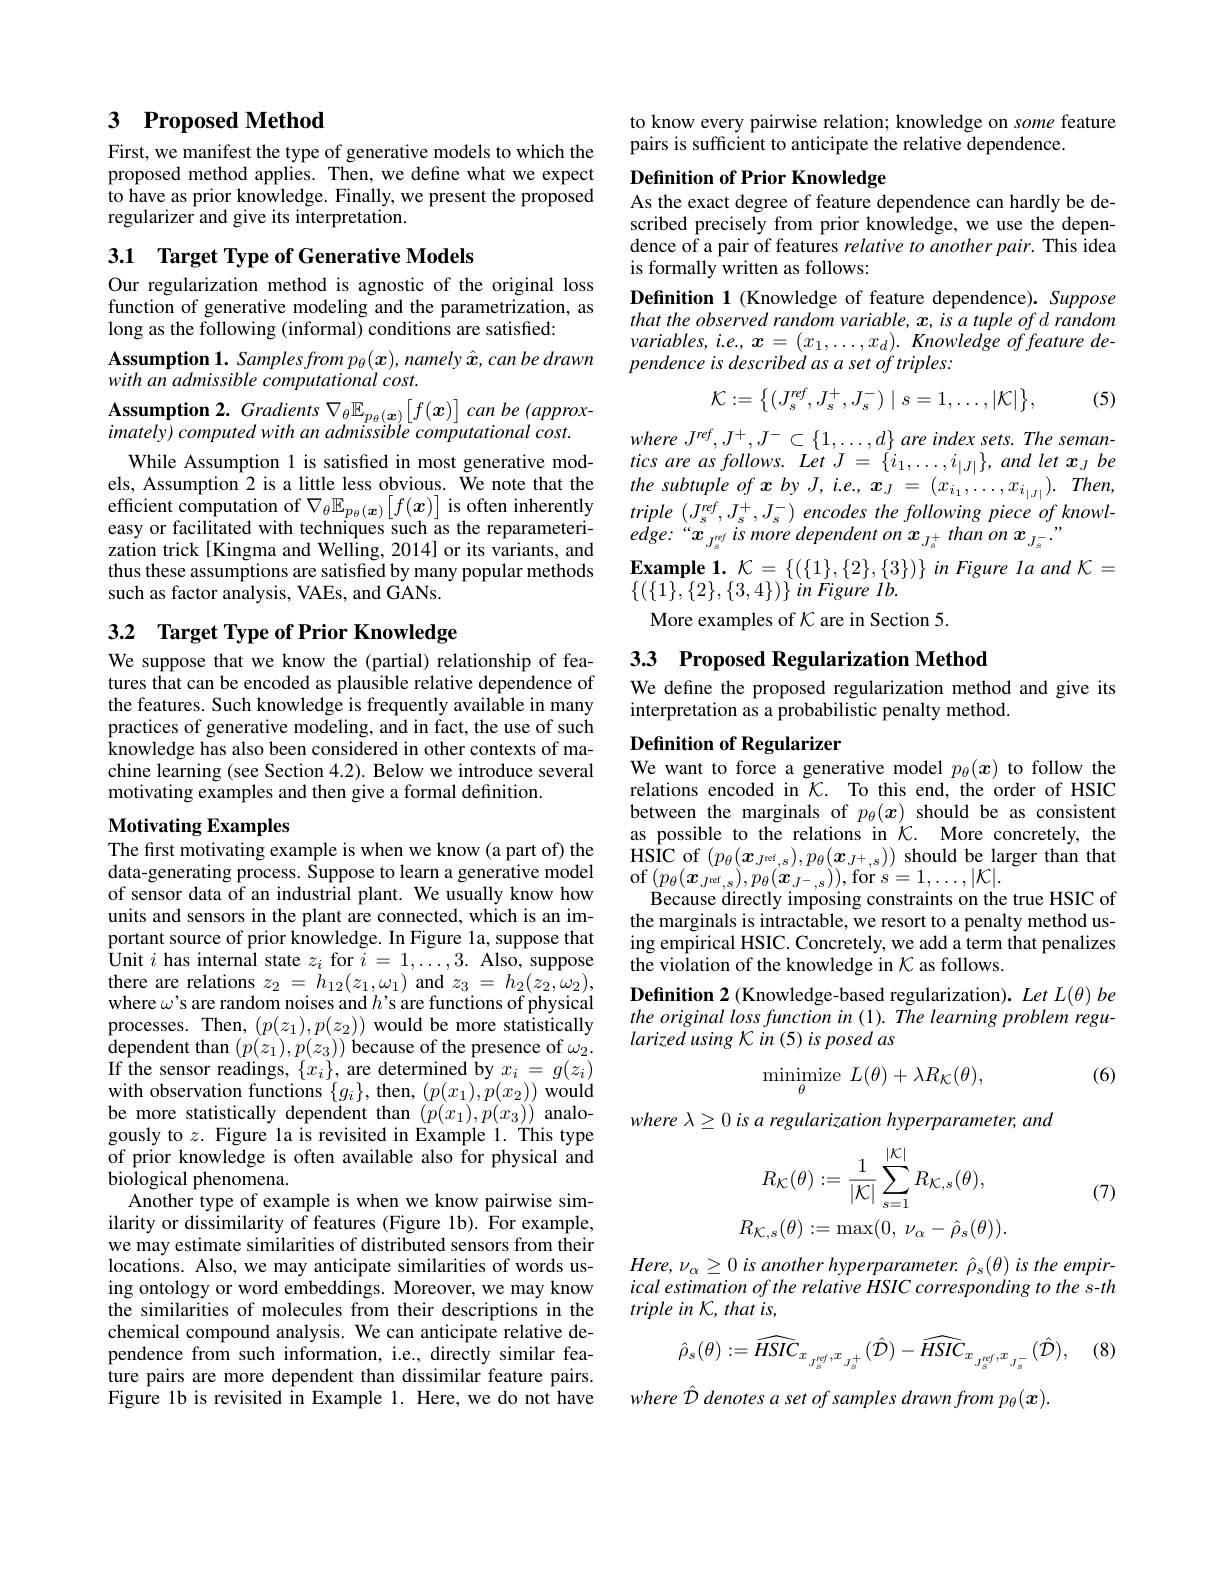
## 3 $\textbf{Proposed Method}$

First, we manifest the type of generative models to which the proposed method applies. Then, we define what we expect to have as prior knowledge. Finally, we present the proposed regularizer and give its interpretation.

3.1 Target Type of Generative Models

Our regularization method is agnostic of the original loss function of generative modeling and the parametrization, as long as the following (informal) conditions are satisfied:
$\begin{array}{l}\mathbf{Assumption~1.~Samplesfrom~p_{\theta}(\boldsymbol{x}),~namely~\hat{\boldsymbol{x}},~can~be~drawn}\\with~an~admissible~computational~cost.\end{array}$ $\mathbf{Assumption~2.~Gradients~}\nabla_{\theta}\mathbb{E}_{p_{\theta}(\boldsymbol{x})}\left[f(\boldsymbol{x})\right]canbe(approx-$ $imately)computedwithanadmissiblecomputationalcost.$
While Assumption 1 is satisfied in most generative models, Assumption 2 is a little less obvious. We note that the efficient computation of $\nabla_\theta\mathbb{E}_{p_\theta(\boldsymbol{x})}\begin{bmatrix}f(\boldsymbol{x})\end{bmatrix}$ is often inherently easy or facilitated with techniques such as the reparameterization trick[Kingma and Welling, 2014] or its variants, and thus these assumptions are satisfied by many popular methods such as factor analysis, VAEs, and GANs.

## 3.2 $\textbf{Target Type of Prior Knowledge}$

We suppose that we know the (partial) relationship of features that can be encoded as plausible relative dependence of the features. Such knowledge is frequently available in many practices of generative modeling, and in fact, the use of such knowledge has also been considered in other contexts of machine learning (see Section 4.2). Below we introduce several motivating examples and then give a formal definition.

### Motivating Examples

The first motivating example is when we know (a part of) the data-generating process. Suppose to learn a generative model of sensor data of an industrial plant. We usually know how units and sensors in the plant are connected, which is an important source of prior knowledge. In Figure 1a, suppose that $\mathop{\text{Unit }i\text{ has internal state }z_{i}\text{ for }i=1,\ldots,3.\text{ Also, suppose}}$ there are relations $z_2=h_{12}(z_1,\omega_1)$ and $z_3=h_2(z_2,\omega_2)$, where $\omega^{\prime}$s are random noises and $h^{\prime}$s are functions of physical processes. Then, $(p(z_1),p(z_2))$ would be more statistically dependent than $(p(z_1),p(z_3))$ because of the presence of $\omega_2.$ If the sensor readings, $\{x_i\}$, are determined by $x_i=g(z_i)$ with observation functions $\{g_{i}\}$, then, $(p(x_{1}),p(x_{2}))$ would be more statistically dependent than $(p(x_1),p(x_3))$ analogously to $z.$ Figure la is revisited in Example 1. This type of prior knowledge is often available also for physical and biological phenomena.
Another type of example is when we know pairwise similarity or dissimilarity of features (Figure 1b). For example, we may estimate similarities of distributed sensors from their locations. Also, we may anticipate similarities of words using ontology or word embeddings. Moreover, we may know the similarities of molecules from their descriptions in the chemical compound analysis. We can anticipate relative dependence from such information, i.e., directly similar feature pairs are more dependent than dissimilar feature pairs. Figure 1b is revisited in Example 1. Here, we do not have

to know every pairwise relation; knowledge on some feature
pairs is sufficient to anticipate the relative dependence.

## Definition of Prior Knowledge

As the exact degree of feature dependence can hardly be described precisely from prior knowledge, we use the dependence of a pair of features relative to another pair. This idea is formally written as follows:

Definition 1 (Knowledge of feature dependence). Suppose that the observed random variable, x, is a tuple of d random $variables, i. e. , \boldsymbol{x}= ( x_{1}, \ldots , x_{d}) . Knowledgeoffeature$ $de-$ pendence is described as a set of triples:

(5)
$$\mathcal{K}:=\left\{(J_s^{ref},J_s^+,J_s^-)\mid s=1,\ldots,|\mathcal{K}|\right\},$$
where $J^{ref}, J^{+ }, J^{- }\subset \{ 1, \ldots , d\}$ are index $sets. The$ $seman-$ $tics~are~as~follows.~Let~J~=~\{i_{1},\ldots,i_{|J|}\},~and~let~x_{J}~be$ the subtuple of $x$ by J, i.e., $x_J= ( x_{i_1}, \ldots , x_{i_{| J| }}) .$ $Then$, triple $( J_{s}^{ref}, J_{s}^{+ }, J_{s}^{- })$ encodes the following piece $of$ $knowl-$ $edge:“x_{J_{s}^{nef}}ismore dependent on x_{J_{s}^{+}}thanon x_{J_{s}^{-}}.”$
$\begin{array}{l}{\mathbf{Example~1.~}\mathcal{K}=\{(\{1\},\{2\},\{3\})\}\text{ in Figure Ia and K}=}\\{\{(\{1\},\{2\},\{3,4\})\}\text{ in Figure Ib.}}\end{array}$
More examples of $\mathcal{K}$ are in Section 5.

## 3.3 Proposed Regularization Method

We define the proposed regularization method and give its
interpretation as a probabilistic penalty method.

## Definition of Regularizer We want to force a generative model $p_\theta(x)$ to follow the

relations encoded in $\mathcal{K} .$ To this end, the order of HSIC between the marginals of $p_\theta(x)$ should be as consistent as possible to the relations in $\mathcal{K} .$ More concretely, the HSIC of $( p_{\theta }( \boldsymbol{x}_{J^{\mathrm{ref}}, s}) , p_{\theta }( \boldsymbol{x}_{J^{+ }, s}) )$ should be larger than that of$(p_\theta(\boldsymbol{x}_{J^{\mathrm{ref}},s}),p_\theta(\boldsymbol{x}_{J^{-},s}))$,for$s=1,\ldots,|\mathcal{K}|.$
Because directly imposing constraints on the true HSIC of the marginals is intractable, we resort to a penalty method using empirical HSIC. Concretely, we add a term that penalizes the violation of the knowledge in $K$ as follows.
$\textbf{Definition 2( Knowledge- based regularization) . Let }L( \theta ) bethe original loss function in ( 1) . The learning problem regu-$
larized using K in (5) is posed as

(6)
$$\underset{\theta}{\text{minimize}}\:L(\theta)+\lambda R_{\mathcal{K}}(\theta),$$
where $\lambda \geq 0\textit{is a regularization hyperparameter, and}$

(7)
$$R_{\mathcal{K}}(\theta):=\frac{1}{|\mathcal{K}|}\sum_{s=1}^{|\mathcal{K}|}R_{\mathcal{K},s}(\theta),$$
$$R_{\mathcal{K},s}(\theta):=\max(0,\:\nu_{\alpha}-\hat{\rho}_{s}(\theta)).$$
$Here,\nu_{\alpha}\geq0$ is another hyperparameter. $\hat{\rho}_{s}(\theta)$ is the empirical estimation of the relative HSIC corresponding to the s-th $triple~in~K,~that~is$,

(8)
$$\hat{\rho}_{s}(\theta):=\widehat{HSIC}_{{x_{{_{J_{s}^{ref}}}},x_{{_{J_{s}^{+}}}}}}(\hat{\mathcal{D}})-\widehat{HSIC}_{{x_{{_{J_{s}^{ref}}}},x_{{_{J_{s}^{-}}}}}}(\hat{\mathcal{D}}),$$
where Ô denotes a set of samples drawn from p$_\theta(x).$